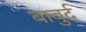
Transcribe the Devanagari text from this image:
बाबुर्द